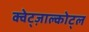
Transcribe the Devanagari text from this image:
क्वेट्ज़ाल्कोट्ल